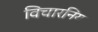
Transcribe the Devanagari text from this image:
विचारनिय